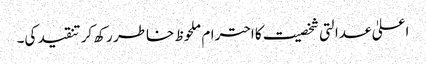
اعلیٰ عدالتی شخصیت کا احترام ملحوظ خاطر رکھ کر تنقید کی۔